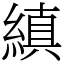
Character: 縝